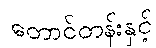
တောင်တန်းနှင့်